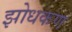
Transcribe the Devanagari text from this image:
झोधकण